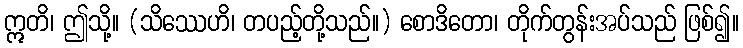
ဣတိ၊ ဤသို့။ (သိဿေဟိ၊ တပည့်တို့သည်။) စောဒိတော၊ တိုက်တွန်းအပ်သည် ဖြစ်၍။